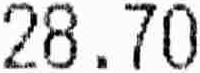
28.70